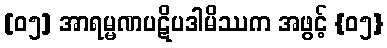
[၀၅] အာရမ္မဏပဋိပဒါမိဿက အဖွင့် {၀၅}